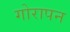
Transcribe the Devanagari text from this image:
गोरापन